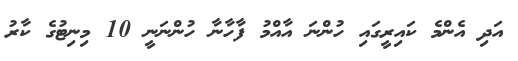
އަދި އެންމެ ކައިރީގައި ހުންނަ އާއްމު ފާހާނާ ހުންނަނީ 10 މިނިޓުގެ ކާރު